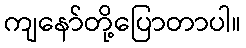
ကျနော်တို့ပြောတာပါ။